Calcutta medical institutions reports 1871-78
Year: 1871
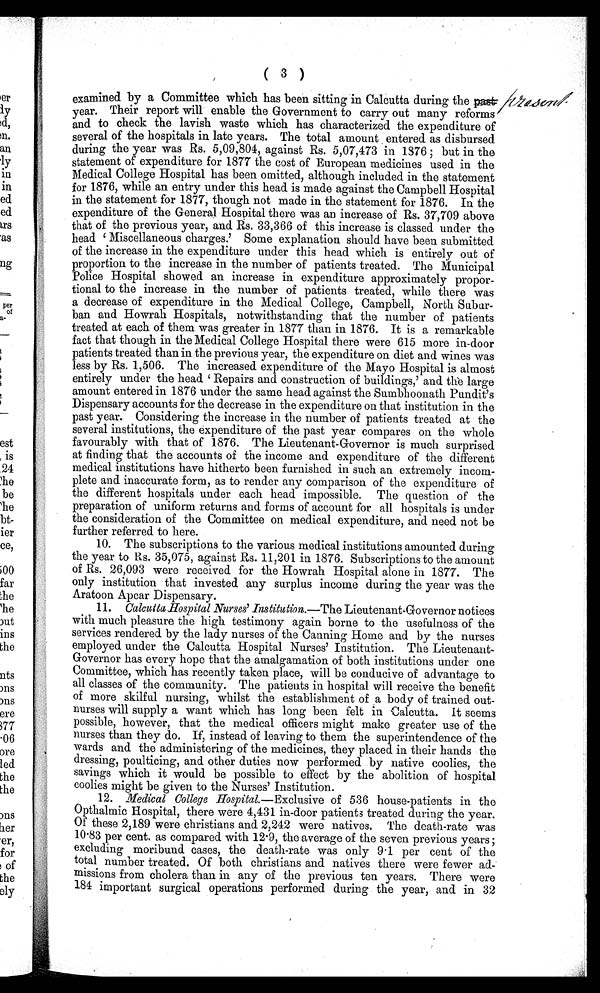
( 3 )
examined by a Committee which has been sitting in Calcutta during the present.
year. Their report will enable the Government to carry out many reforms
and to check the lavish waste which has characterized. the expenditure of
several of the hospitals in late years. The total amount entered as disbursed
during the year was Rs. 5,09,804, against Rs. 5,07,473 in 1876 ; but in the
statement of expenditure for 1877 the cost of European medicines used in the
Medical College Hospital has been omitted, although included in the statement
for 1876, while an entry under this head is made against the Campbell Hospital
in the statement for 1877, though not made in the statement for 1876. In the
expenditure of the General Hospital there was an increase of Rs. 37,709 above
that of the previous year, and Rs. 33,366 of this increase is classed under the
head 'Miscellaneous charges.' Some explanation should have been submitted
of the increase in the expenditure under this head which is entirely out of
proportion to the increase in the number of patients treated. The Municipal
Police Hospital showed an increase in expenditure approximately propor
tional to the increase in the number of patients treated, while there was
a decrease of expenditure in the Medical College, Campbell, North Subur-
ban and. Howrah Hospitals, notwithstanding that the number of patients
treated at each of them was greater in 1877 than in 1876. It is a remarkable
fact that though in the Medical College Hospital there were 615 more in-door
patients treated than in the previous year, the expenditure on diet and wines was
less by Rs. 1,506. The increased expenditure of the Mayo Hospital is almost
entirely under the head 'Repairs and construction of buildings,' and the large
amount entered in 1876 under the same head against the Sumbhoonath Pundit's
Dispensary accounts for the decrease in the expenditure on that institution in the
past year. Considering the increase in the number of patients treated at the
several institutions, the expenditure of the past year compares on the whole
favourably with that of 1876. The Lieutenant-Governor is much surprised
at finding that the accounts of the income and expenditure of the different
medical institutions have hitherto been furnished in such an extremely incom
plete and inaccurate form, as to render any comparison of the expenditure of
the different hospitals under each head impossible. The question of the
preparation of uniform returns and forms of account for all hospitals is under
the consideration of the Committee on medical expenditure, and need not be
further referred to here.
10. The subscriptions to the various medical institutions amounted during
the year to Rs. 35,075, against Rs. 11,201 in 1876. Subscriptions to the amount
of Rs. 26,093 were received for the Howrah Hospital alone in 1877. The
only institution that invested any surplus income during the year was the
Aratoon Apcar Dispensary.
11.
Calcutta Hospital Nurses' Institution.— The Lieutenant-Governor notices
with much pleasure the high testimony again n borne to the usefulness of the
services rendered. by the lady nurses of the Canning Home and by the nurses
employed under the Calcutta Hospital Nurses' Institution. The Lieutenant-
Governor has every hope that the amalgamation of both institutions under one
Committee, which has recently taken place, will be conducive of advantage to
all classes of the community. The patients in hospital will receive the benefit
of more skilful nursing, whilst the establishment of a body of trained out-
nurses will supply a want which has long been felt in Calcutta. It seems
possible, however, that the medical officers might make greater use of the
nurses than they do. If, instead of leaving to them the superintendence of the
wards and the administering of the medicines, they placed in their hands the
dressing, poulticing, and other duties now performed by native coolies, the
savings which it would be possible to effect by the abolition of hospital
coolies might be given to the Nurses' Institution.
12.
Medical College Hospital.—Exclusive of 536 house-patients in the
Opthalmic Hospital, there were 4,431 in-door patients treated during the year.
Of these 2,189 were christians and 2,242 were natives. The death-rate was
10.83 per cent. as compared with 12.9, the average of the seven previous years ;
excluding moribund cases, the death-rate was only 9.1 per cent of the
total number treated. Of both christians and natives there were fewer ad-
missions from cholera than in any of the previous ten years. There were
184 important surgical operations p erformed during the year, and in 32